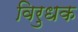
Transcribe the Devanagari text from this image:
विरुधक